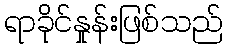
ရာခိုင်နှုန်းဖြစ်သည်